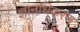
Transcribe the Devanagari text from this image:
ज्ञानधिकरण